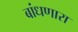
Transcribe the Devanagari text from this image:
बांधणारा